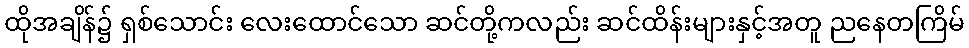
ထိုအချိန်၌ ရှစ်သောင်း လေးထောင်သော ဆင်တို့ကလည်း ဆင်ထိန်းများနှင့်အတူ ညနေတကြိမ်